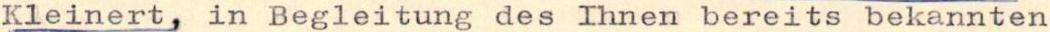
Kleinert, in Begleitung des Ihnen bereits bekannten